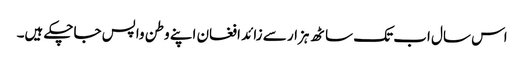
اس سال اب تک ساٹھ ہزار سے زائد افغان اپنے وطن واپس جاچکے ہیں۔